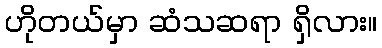
ဟိုတယ်မှာ ဆံသဆရာ ရှိလား။